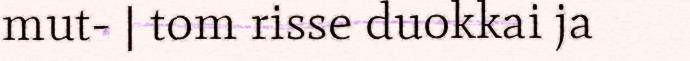
mut- | tom risse duokkai ja